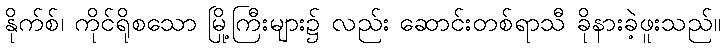
နိုက်စ်၊ ကိုင်ရိုစသော မြို့ကြီးများ၌ လည်း ဆောင်းတစ်ရာသီ ခိုနားခဲ့ဖူးသည်။